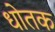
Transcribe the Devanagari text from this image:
धोतक